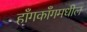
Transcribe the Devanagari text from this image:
हाँगकाँगमधील